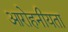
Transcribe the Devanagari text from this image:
आरोहनीयता